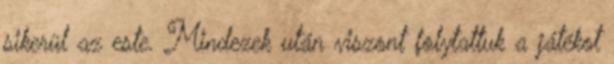
sikerül az este. Mindezek után viszont folytattuk a játékot